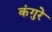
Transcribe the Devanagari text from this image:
कंगुरे